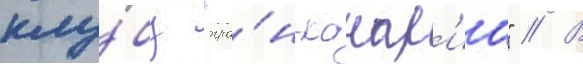
клу́бу "гра́н-канар'иа" // В